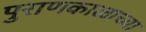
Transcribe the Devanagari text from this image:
पुराणकाळाच्या